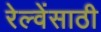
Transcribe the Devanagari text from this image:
रेल्वेंसाठी